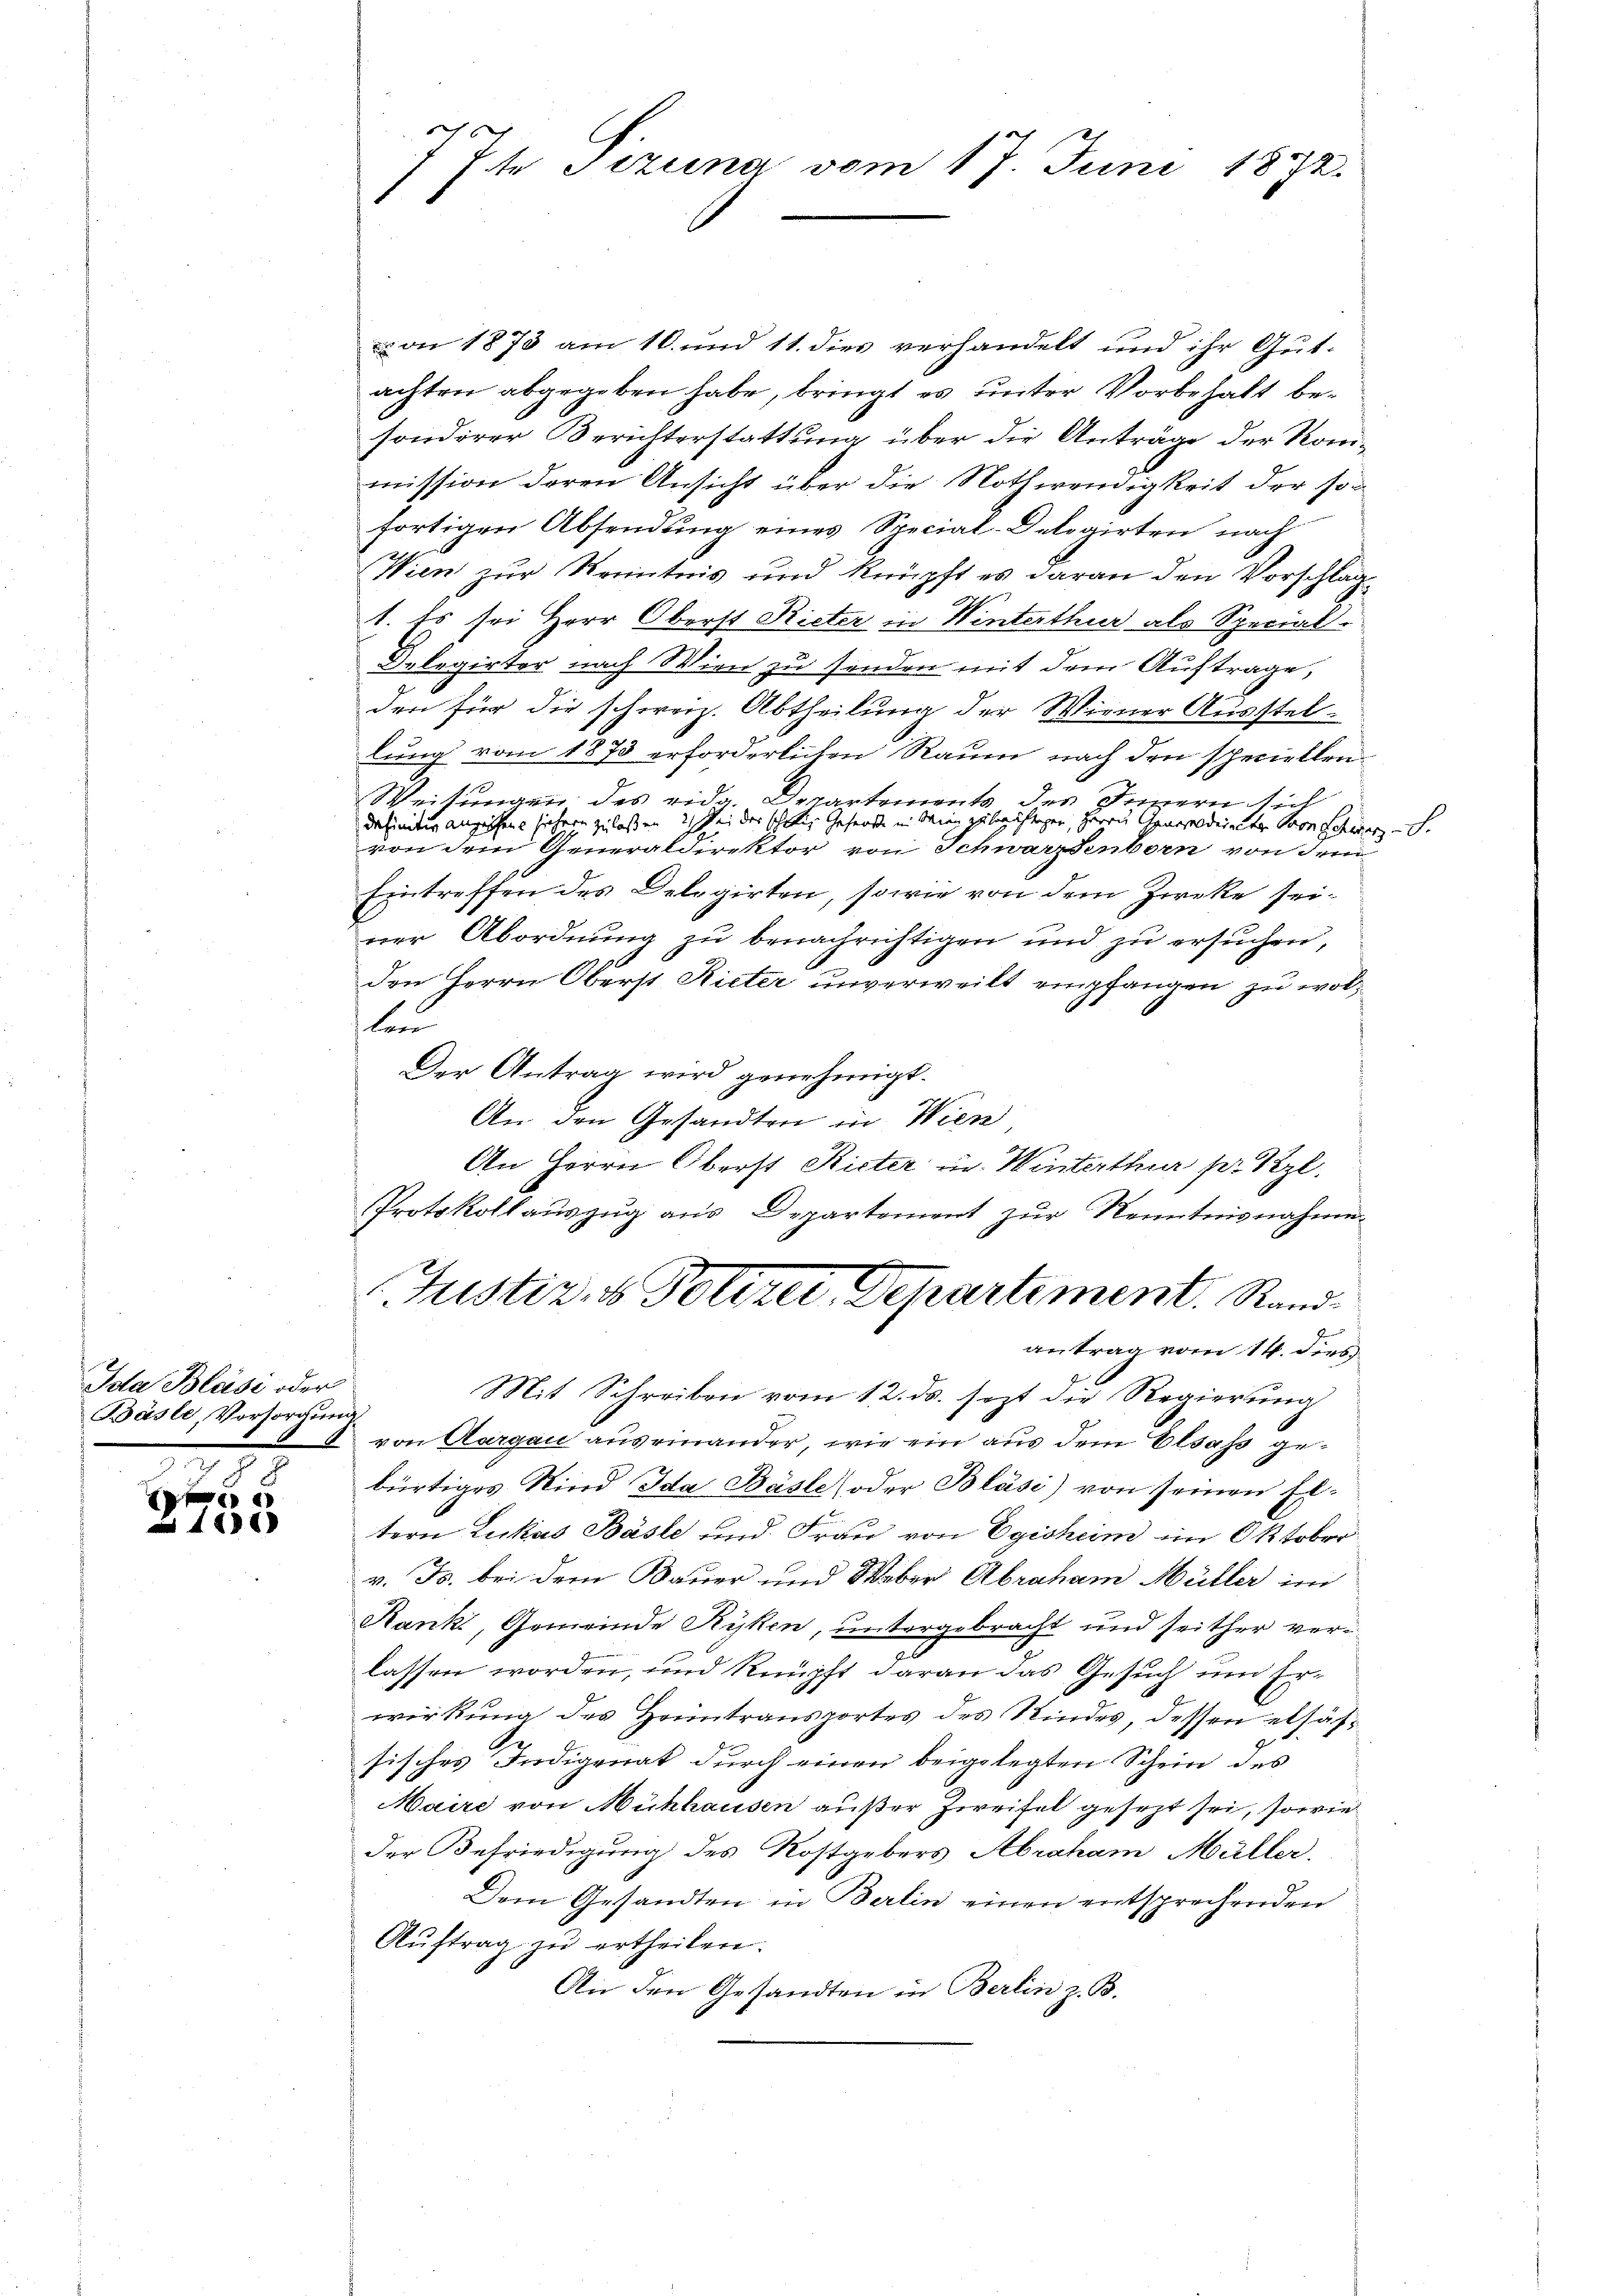
Ida Blase oder
Basle, Vorsorgung
d

8
A
118)

7te Sizung vom 17. Juni 1872.

on 1873 am 10. und 11. dies verhandelt und ihr Gutachten abgegeben habe, bringt es unter Vorbehalt besonderer Berichterstattung über die Anträge der Kommission deren Ansicht über die Nothwendigkeit der son
fortigen Absendung eines Special-Delegirten nach
Wien zur Kenntnis und knüpft es daran den Vorschlag¬
1. Es sei Herr Oberst Rieter in Winterthur als Special
Delegirter nach Wien zu senden mit dem Auftrage,
den für die schweiz. Abtheilung der Wiener Ausstellung vom 1873 erforderlichen Raum nach den speciellen¬
Weisungen des eidg. Departements des Innern sich
definitiv angeschen sichern zu lassen, 2. Sei des schäftige Gesandte in Wien zuläuftiger, Herrn Generaldirector Pron Schwerz- S.
von dem Generaldirektor von Schwarzenborn von dem
Eintreffen des Delegirten, sowie von dem Zircke seiner Abordnung zu benachrichtigen und zu ersuchen,
6
den Herrn Oberst Rieter unverweilt empfangen zu wollen
Der Antrag wird genehmigt.
An den Gesandten in Wien
An Herrn Oberst Rieter in Winterthur pr. Szl.
Protokollauszug aus Departement zur Kenntnisnahme.
Justiz- & Polizei Departement. Rand
antrag vom 14. dies
Mit Schreiben vom 12. ds. jezt die Regierung
von Aargau auseinander, wie ein aus dem Elsaß gebürtiges Kind Ida Basle oder Bläsi) von seinen Eltern Lukas Basle und Frau von Egisheim im Oktober
v. Fr. bei dem Bauer und Weber Abraham Müller im
Hanki, Gemeinde Ryken, untergebracht und seither verlassen worden, und knüpft daran das Gesuch um Erwirkung des Heimtransportes des Kindes, dessen elsaf¬
6
sisches Indigenat durch einen beigelegten Schein des
Maire von Mühhausen außer Zweifel gesezt sei, sowie
der Befriedigung des Kostgebers Abraham Müller,
Dem Gesandten in Berlin einen entsprechenden
Aŭftrag zŭ ertheilen.
An den Gesandten in Berlin z. B.